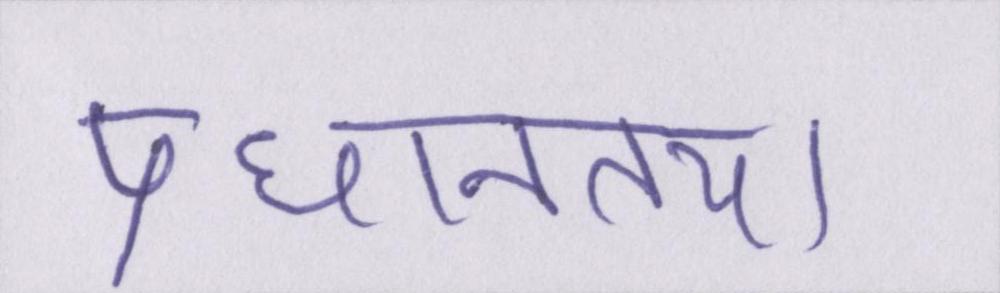
प्रधानतया